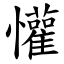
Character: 懽